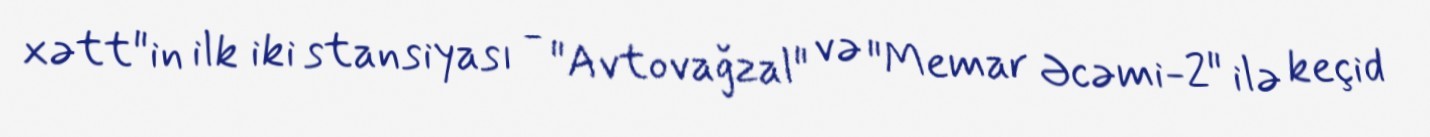
xətt"in ilk iki stansiyası - "Avtovağzal" və "Memar Əcəmi-2" ilə keçid